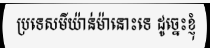
ប្រទេសមីយ៉ាន់ម៉ានោះទេ ដូច្នេះខ្ញុំ